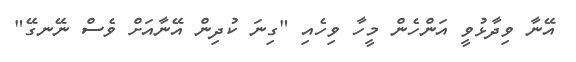
އޭނާ ވިދާޅުވީ އަންހެން މީހާ ވިހެއި "ގިނަ ކުދިން އޭނާއަށް ވެސް ނޭނގޭ"